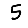
Digit: 5